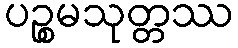
ပဉ္စမသုတ္တဿ